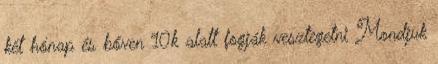
két hónap és bőven 10k alatt fogják vesztegetni Mondjuk